Annual administration report of the Civil Veterinary Department of India - 1896-1897
Year: 1896
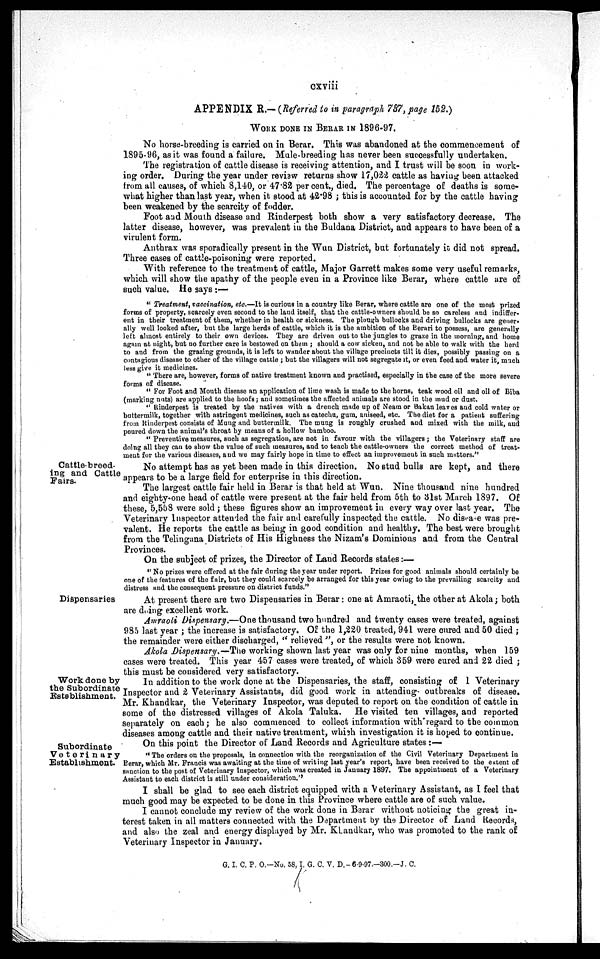
cxviii
APPENDIX R.— (Referred to in paragraph 737, page 152.)
WORK DONE IN BERAR IN 1896-97.
No horse-breeding is carried on in Berar. This was abandoned at the commencement of
1895-96, as it was found a failure. Mule-breeding has never been successfully undertaken.
The registration of cattle disease is receiving attention, and I trust will be soon in work-
ing order. During the year under review returns show 17,022 cattle as having been attacked
from all causes, of which 8,140, or 47.82 per cent., died. The percentage of deaths is some-
what higher than last year, when it stood at 42.98; this is accounted for by the cattle having
been weakened by the scarcity of fodder.
Foot and Mouth disease and Rinderpest both show a very satisfactory decrease. The
latter disease, however, was prevalent in the Buldana District, and appears to have been of a
virulent form.
Anthrax was sporadically present in the Wun District, but fortunately it did not spread.
Three cases of cattle-poisoning were reported.
With reference to the treatment of cattle, Major Garrett makes some very useful remarks,
which will show the apathy of the people even in a Province like Berar, where cattle are of
such value. He says:—
"Treatment, vaccination, etc.—It is curious in a country like Berar, where cattle are one of the most prized
forms of property, scarcely even second to the land itself, that the cattle-owners should be so careless and indiffer-
ent in their treatment of them, whether in health or sickness. The plough bullocks and driving bullocks are gener-
ally well looked after, but the large herds of cattle, which it is the ambition of the Berari to possess, are generally
left almost entirely to their own devices. They are driven out to the jungles to graze in the morning, and home
again at night, but no further care is bestowed on them; should a cow sicken, and not be able to walk with the herd
to and from the grazing grounds, it is left to wander about the village precincts till it dies, possibly passing on a
contagious disease to other of the village cattle; but the villagers will not segregate it, or even feed and water it, much
less give it medicines.
"There are, however, forms of native treatment known and practised, especially in the case of the more severe
forms of disease.
"For Foot and Mouth disease an application of lime wash is made to the horns, teak wood oil and oil of Biba
(marking nuts) are applied to the hoofs; and sometimes the affected animals are stood in the mud or dust.
"Rinderpest is treated by the natives with a drench made up of Neam or Bakan leaves and cold water or
buttermilk, together with astringent medicines, such as catechu, gum, aniseed, etc. The diet for a patient suffering
from Rinderpest consists of Mung and buttermilk. The mung is roughly crushed and mixed with the milk, and
poured down the animal's throat by means of a hollow bamboo.
"Preventive measures, such as segregation, are not in favour with the villagers; the Veterinary staff are
doing all they can to show the value of such measures, and to teach the cattle-owners the correct method of treat-
ment for the various diseases, and we may fairly hope in time to effect an improvement in such matters."
Cattle breed-
ing and Cattle
Fairs.
No attempt has as yet been made in this direction. No stud bulls are kept, and there
appears to be a large field for enterprise in this direction.
The largest cattle fair held in Berar is that held at Wun. Nine thousand nine hundred
and eighty-one head of cattle were present at the fair held from 5th to 31st March 1897. Of
these, 5,558 were sold; these figures show an improvement in every way over last year. The
Veterinary Inspector attended the fair and carefully inspected the cattle. No disease was pre-
valent. He reports the cattle as being in good condition and healthy. The best were brought
from the Telingana Districts of His Highness the Nizam's Dominions and from the Central
Provinces.
On the subject of prizes, the Director of Land Records states:—
"No prizes were offered at the fair during the year under report. Prizes for good animals should certainly be
one of the features of the fair, but they could scarcely be arranged for this year owing to the prevailing scarcity and
distress and the consequent pressure on district funds."
Dispensaries
At present there are two Dispensaries in Berar: one at Amraoti, the other at Akola; both
are doing excellent work.
Amraoti Dispensary.—One thousand two hundred and twenty cases were treated, against
985 last year; the increase is satisfactory. Of the 1,220 treated, 941 were cured and 50 died;
the remainder were either discharged, "relieved", or the results were not known.
Akola Dispensary.—The working shown last year was only for nine months, when 159
cases were treated. This year 457 cases were treated, of which 359 were cured and 22 died;
this must be considered very satisfactory.
Work done by
the Subordinate
Establishment.
In addition to the work done at the Dispensaries, the staff, consisting of 1 Veterinary
Inspector and 2 Veterinary Assistants, did good work in attending outbreaks of disease.
Mr. Khandkar, the Veterinary Inspector, was deputed to report on the condition of cattle in
some of the distressed villages of Akola Taluka. He visited ten villages, and reported
separately on each; he also commenced to collect information with regard to the common
diseases among cattle and their native treatment, which investigation it is hoped to continue.
Subordinate
Veterinary
Establishment.
On this point the Director of Land Records and Agriculture states:—
"The orders on the proposals, in connection with the reorganization of the Civil Veterinary Department in
Berar, which Mr. Francis was awaiting at the time of writing last year's report, have been received to the extent of
sanction to the post of Veterinary Inspector, which was created in January 1897. The appointment of a Veterinary
Assistant to each district is still under consideration."
I shall be glad to see each district equipped with a Veterinary Assistant, as I feel that
much good may be expected to be done in this Province where cattle are of such value.
I cannot conclude my review of the work done in Berar without noticing the great in-
terest taken in all matters connected with the Department by the Director of Land Records,
and also the zeal and energy displayed by Mr. Khandkar, who was promoted to the rank of
Veterinary Inspector in January.
G. I. C. P. O.-No. 58, I. G. C. V. D.-6-9-97.-300.-J. C.